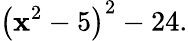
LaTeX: \left(\mathbf{x}^{2}-5\right)^{2}-24.